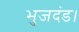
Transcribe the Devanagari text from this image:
भुजदंड।